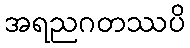
အရညဂတဿပိ